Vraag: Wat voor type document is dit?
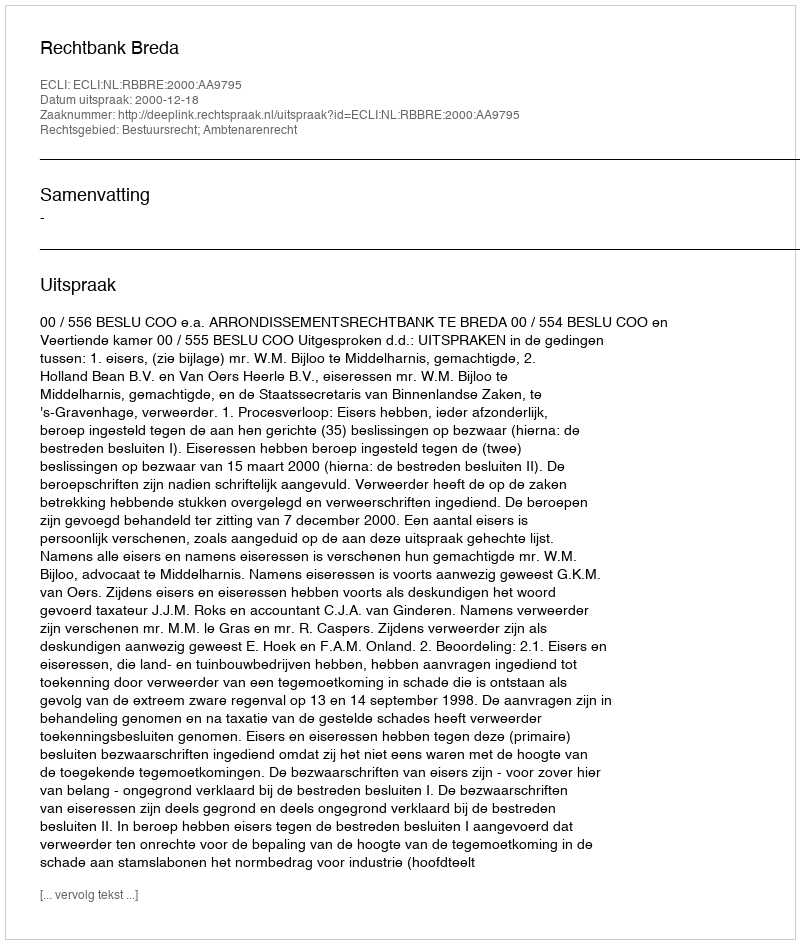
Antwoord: Uitspraak